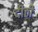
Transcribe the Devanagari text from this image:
दीठी